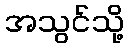
အသွင်သို့